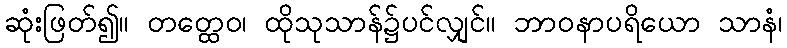
ဆုံးဖြတ်၍။ တတ္ထေဝ၊ ထိုသုသာန်၌ပင်လျှင်။ ဘာဝနာပရိယော သာနံ၊